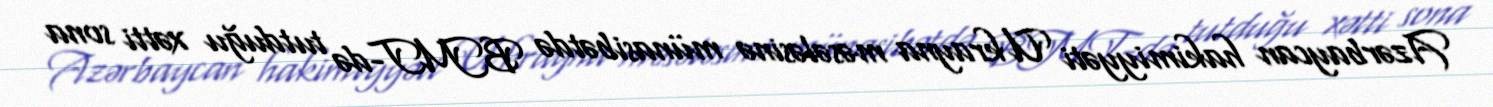
Azərbaycan hakimiyyəti Ukrayna məsələsinə münasibətdə BMT-də tutduğu xətti sona